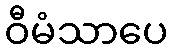
ဝီမံသာပေ